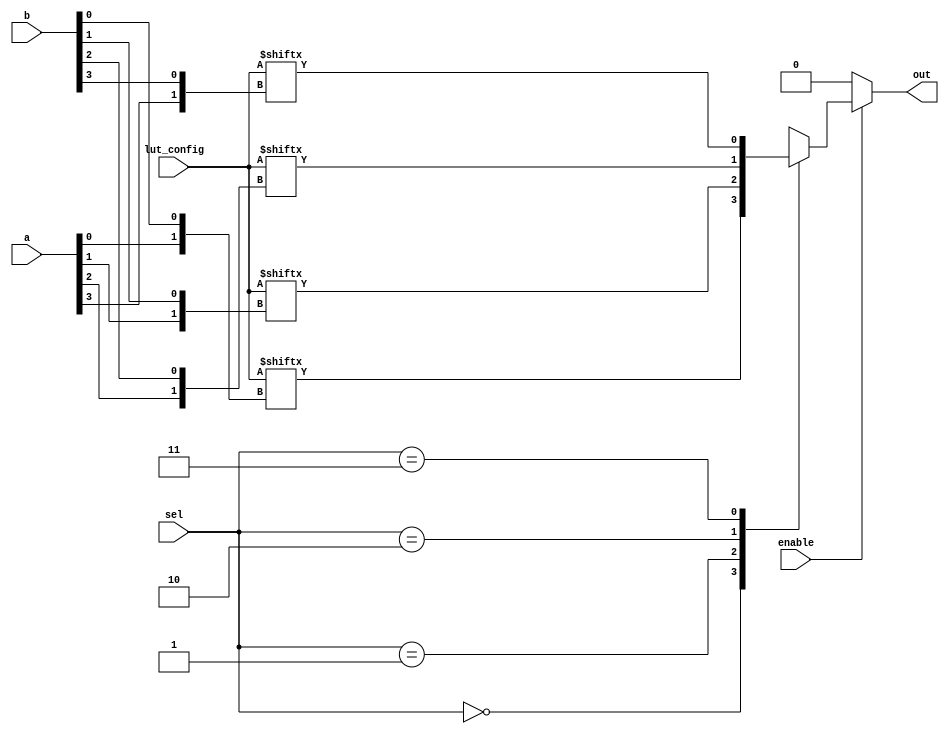
module CLB (
    input wire [3:0] a,      // 4-bit input port
    input wire [3:0] b,      // 4-bit input port
    input wire [1:0] sel,     // Selector for multiplexer
    input wire enable,        // Enable control signal
    input wire [15:0] lut_config, // Configuration for LUT
    output wire out           // Output port
);

// Internal wires for LUT outputs
wire [3:0] lut_out;

// Logic cell: 4-input LUT
genvar i;
generate
    for (i = 0; i < 4; i = i + 1) begin : lut
        assign lut_out[i] = lut_config[{a[i], b[i]}]; // LUT functionality
    end
endgenerate

// Multiplexer to select output from LUTs based on 'sel'
reg mux_out;
always @(*) begin
    if (enable) begin
        case(sel)
            2'b00: mux_out = lut_out[0];
            2'b01: mux_out = lut_out[1];
            2'b10: mux_out = lut_out[2];
            2'b11: mux_out = lut_out[3];
            default: mux_out = 1'b0; // Default case
        endcase
    end else begin
        mux_out = 1'b0; // Disable output when enable is low
    end
end

// Output port
assign out = mux_out;

endmodule